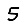
Digit: 5